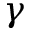
\gamma